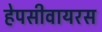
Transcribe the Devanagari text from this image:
हेपसीवायरस